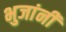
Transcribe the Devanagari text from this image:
भुजांनी